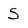
Character: S